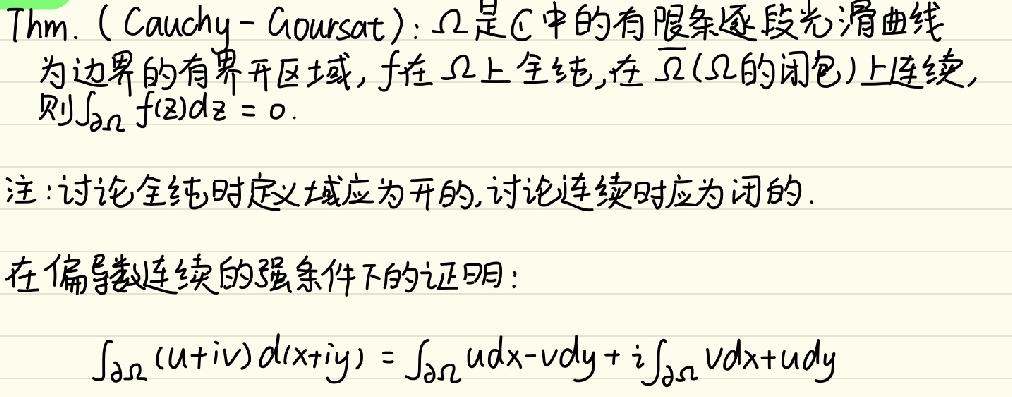
Thm. (Cauchy - Goursat): $\Omega$ 是 $\mathbb{C}$ 中的有限条逐段光滑曲线为边界的有界开区域, $f$ 在 $\Omega$ 上全纯, 在 $\overline{\Omega}$ ($\Omega$ 的闭包) 上连续, 则 $\int_{\partial\Omega} f(z)dz = 0$.

注: 讨论全纯时定义域应为开的, 讨论连续时应为闭的.

在偏导数连续的强条件下的证明:

$\int_{\partial\Omega}(u + iv)d(x+iy)=\int_{\partial\Omega}udx - vdy + i\int_{\partial\Omega}vdx + udy$